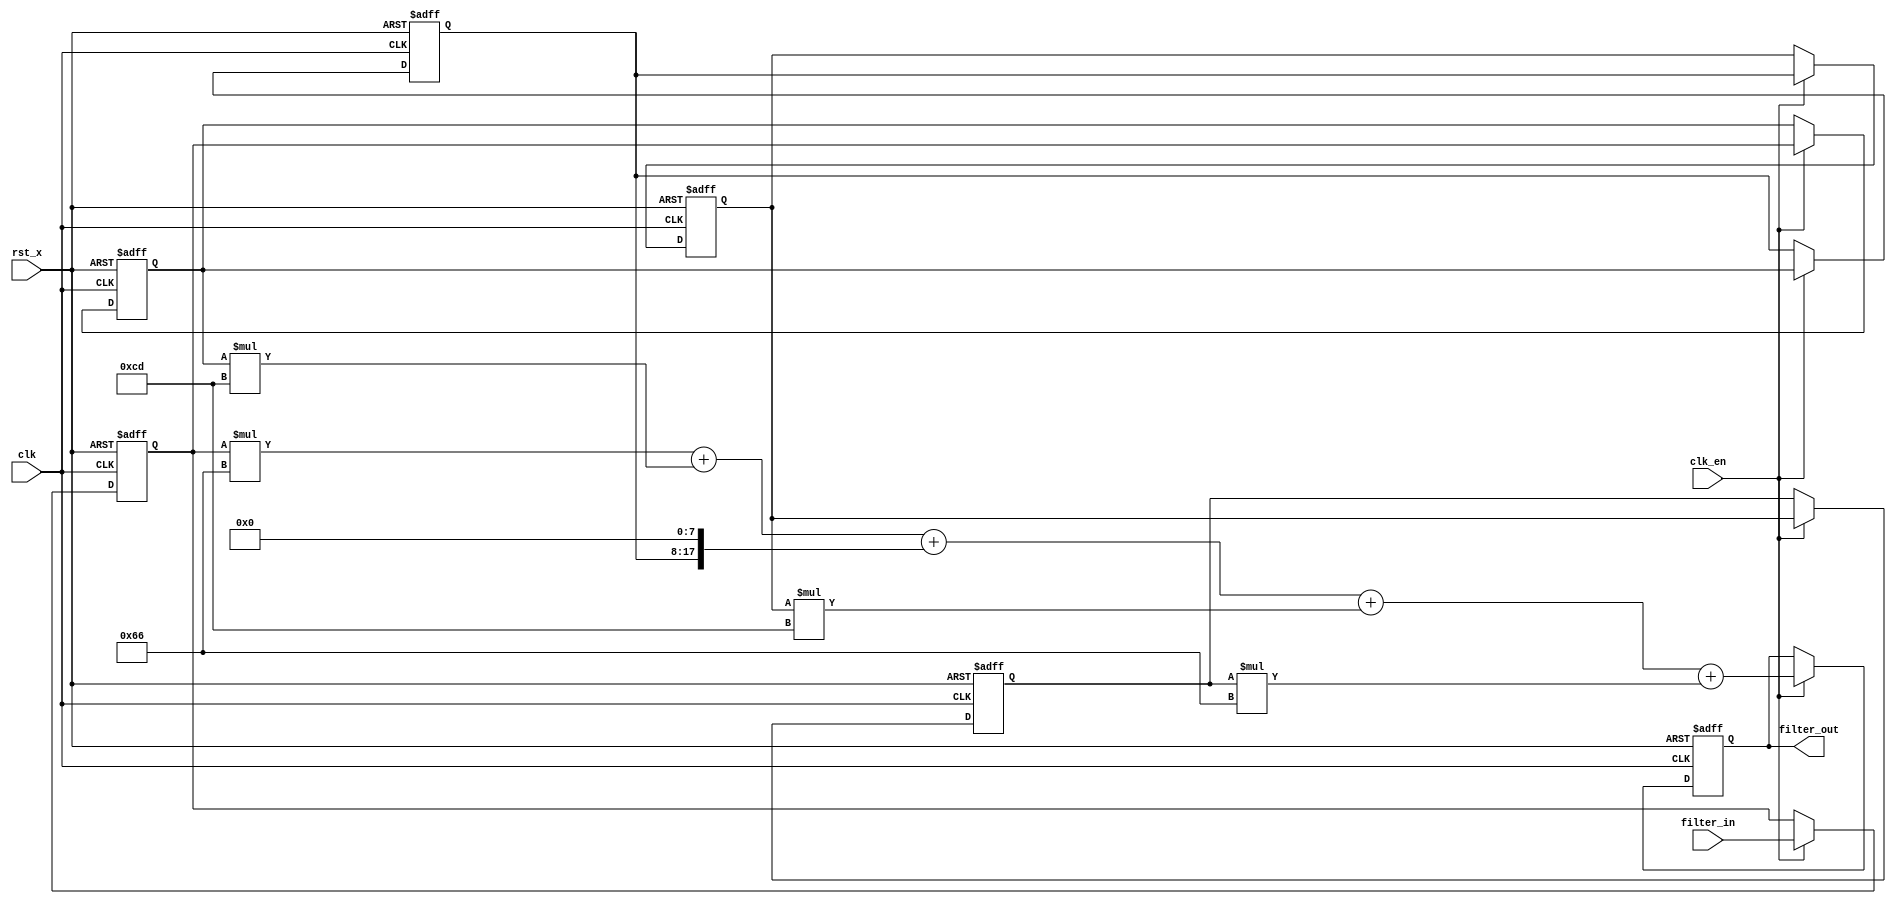
`timescale 1ns/1ps
module FIR_5taps(
  input   clk, 
  input   clk_en, 
  input   rst_x, 
  input   signed [9:0] filter_in,  //sfix10_En9
  output  signed [19:0] filter_out );//sfix20_En17
  // Constants
  parameter signed [9:0] coeff1 = 10'b0001100110; //sfix10_En8
  parameter signed [9:0] coeff2 = 10'b0011001101; //sfix10_En8
  parameter signed [9:0] coeff3 = 10'b0100000000; //sfix10_En8
  parameter signed [9:0] coeff4 = 10'b0011001101; //sfix10_En8
  parameter signed [9:0] coeff5 = 10'b0001100110; //sfix10_En8
  // internal Signals
  reg  signed [9:0] delay_pipeline [0:4] ; // sfix10_En9
  wire signed [18:0] product5; // sfix19_En17
  wire signed [19:0] mul_temp; // sfix20_En17
  wire signed [18:0] product4; // sfix19_En17
  wire signed [19:0] mul_temp_1; // sfix20_En17
  wire signed [18:0] product3; // sfix19_En17
  wire signed [18:0] product2; // sfix19_En17
  wire signed [19:0] mul_temp_2; // sfix20_En17
  wire signed [19:0] product1_cast; // sfix20_En17
  wire signed [18:0] product1; // sfix19_En17
  wire signed [19:0] mul_temp_3; // sfix20_En17
  wire signed [19:0] sum1; // sfix20_En17
  wire signed [19:0] add_signext; // sfix20_En17
  wire signed [19:0] add_signext_1; // sfix20_En17
  wire signed [20:0] add_temp; // sfix21_En17
  wire signed [19:0] sum2; // sfix20_En17
  wire signed [19:0] add_signext_2; // sfix20_En17
  wire signed [19:0] add_signext_3; // sfix20_En17
  wire signed [20:0] add_temp_1; // sfix21_En17
  wire signed [19:0] sum3; // sfix20_En17
  wire signed [19:0] add_signext_4; // sfix20_En17
  wire signed [19:0] add_signext_5; // sfix20_En17
  wire signed [20:0] add_temp_2; // sfix21_En17
  wire signed [19:0] sum4; // sfix20_En17
  wire signed [19:0] add_signext_6; // sfix20_En17
  wire signed [19:0] add_signext_7; // sfix20_En17
  wire signed [20:0] add_temp_3; // sfix21_En17
  reg  signed [19:0] output_register; // sfix20_En17
  //  
  always @( posedge clk or negedge rst_x)
      if(!rst_x) begin
        delay_pipeline[0] <= 0;
        delay_pipeline[1] <= 0;
        delay_pipeline[2] <= 0;
        delay_pipeline[3] <= 0;
        delay_pipeline[4] <= 0;
      end
      else if (clk_en == 1'b1) begin
          delay_pipeline[0] <= filter_in;
          delay_pipeline[1] <= delay_pipeline[0];
          delay_pipeline[2] <= delay_pipeline[1];
          delay_pipeline[3] <= delay_pipeline[2];
          delay_pipeline[4] <= delay_pipeline[3];
      end
  // 54
  assign mul_temp = delay_pipeline[4] * coeff5;
  assign product5 = mul_temp[18:0];
  // 43
  assign mul_temp_1 = delay_pipeline[3] * coeff4;
  assign product4 = mul_temp_1[18:0];
  // 32
  assign product3 = $signed({delay_pipeline[2][9:0], 8'b00000000});
  // 21
  assign mul_temp_2 = delay_pipeline[1] * coeff2;
  assign product2 = mul_temp_2[18:0];
  // 10
  assign mul_temp_3 = delay_pipeline[0] * coeff1;
  assign product1 = mul_temp_3[18:0];
  assign product1_cast = $signed({{1{product1[18]}}, product1});
  // 
  assign add_signext = product1_cast;
  assign add_signext_1 = $signed({{1{product2[18]}}, product2});
  assign add_temp = add_signext + add_signext_1;
  assign sum1 = add_temp[19:0];
  assign add_signext_2 = sum1;
  assign add_signext_3 = $signed({{1{product3[18]}}, product3});
  assign add_temp_1 = add_signext_2 + add_signext_3;
  assign sum2 = add_temp_1[19:0];
  assign add_signext_4 = sum2;
  assign add_signext_5 = $signed({{1{product4[18]}}, product4});
  assign add_temp_2 = add_signext_4 + add_signext_5;
  assign sum3 = add_temp_2[19:0];
  assign add_signext_6 = sum3;
  assign add_signext_7 = $signed({{1{product5[18]}}, product5});
  assign add_temp_3 = add_signext_6 + add_signext_7;
  assign sum4 = add_temp_3[19:0];
  // 
  always @ (posedge clk or negedge rst_x)
      if(!rst_x)
        output_register <= 0;
      else if (clk_en == 1'b1)
        output_register <= sum4;
  assign filter_out = output_register;
endmodule  // FIR_5taps